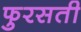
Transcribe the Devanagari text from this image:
फुरसती